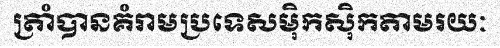
ត្រាំបានគំរាមប្រទេសម៉ិកស៊ិកតាមរយៈ